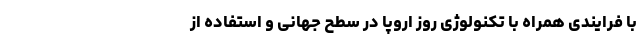
با فرایندی همراه با تکنولوژی روز اروپا در سطح جهانی و استفاده از